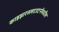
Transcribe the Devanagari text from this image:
काइझरस्लाउटर्नमधील